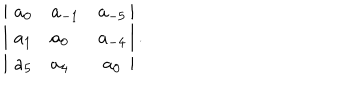
LaTeX: \left| \, \begin{matrix} { { a _ { 0 } \hfill } } & { { a _ { - 1 } \hfill } } & { { a _ { - 5 } } } \\ { { a _ { 1 } \hfill } } & { { a _ { 0 } \hfill } } & { { a _ { - 4 } } } \\ { { a _ { 5 } \hfill } } & { { a _ { 4 } \hfill } } & { { a _ { 0 } } } \\ \end{matrix} \right| .